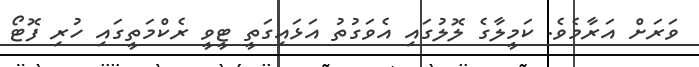
ވަރަށް އަރާމެވެ. ކަމީލާގެ ލޮލުގައި އެވަގުތު އަޅައިގަތީ ޓީވީ ރެކްމަތީގައި ހުރި ފޮޓޯ